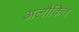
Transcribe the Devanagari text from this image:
अलौकित